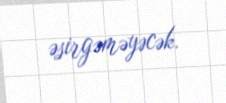
əsirgəməyəcək.